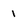
Character: 1